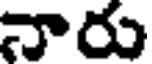
నారు